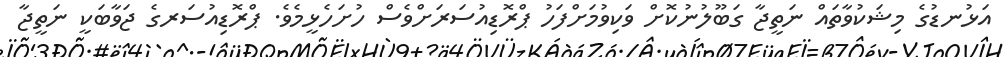
އަޅުނޑުގެ މިޝަކުވާތައް ނަތީޖާ ގަބޫލުނުކޮށް ވަކިވުމަށްފަހު ޕްރޮޑިއުސަރަށްވެސް ހުށަހެޅީމެވެ. ޕްރޮޑިއުސަރގެ ޖަވާބަކީ ނަތީޖާ